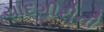
યાદગીરીની